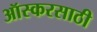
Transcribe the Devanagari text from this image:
ऑस्करसाठी